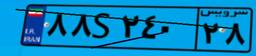
۰۳S۳۰۷۲۱